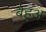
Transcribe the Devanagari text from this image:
बैहुअ